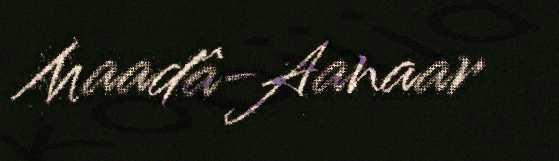
Maadâ-Aanaar